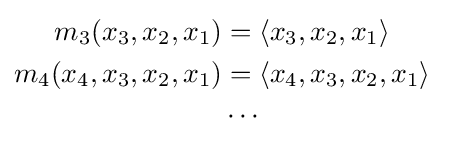
{\begin{aligned}m_{3}(x_{3},x_{2},x_{1})&=\langle x_{3},x_{2},x_{1}\rangle \\m_{4}(x_{4},x_{3},x_{2},x_{1})&=\langle x_{4},x_{3},x_{2},x_{1}\rangle \\&\cdots &\end{aligned}}